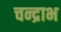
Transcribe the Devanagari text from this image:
चन्द्राभ